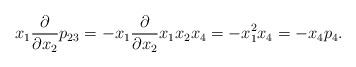
LaTeX: \begin{align*}x_1\frac{\partial}{\partial{x_2}} p_{23}= -x_1\frac{\partial}{\partial{x_2}}x_1x_2x_4 = -x_1^2 x_4= -x_4 p_{4}. \\\end{align*}